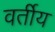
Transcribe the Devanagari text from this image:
वर्तीय